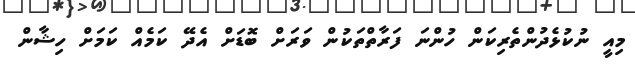
މިއީ ނުކުޅެދުންތެރިކަން ހުންނަ ފަރާތްތަކުން ވަރަށް ބޮޑަށް އެދޭ ކަމެއް ކަމަށް ހިޝާން